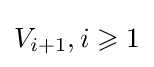
V_{i+1},i\geqslant 1